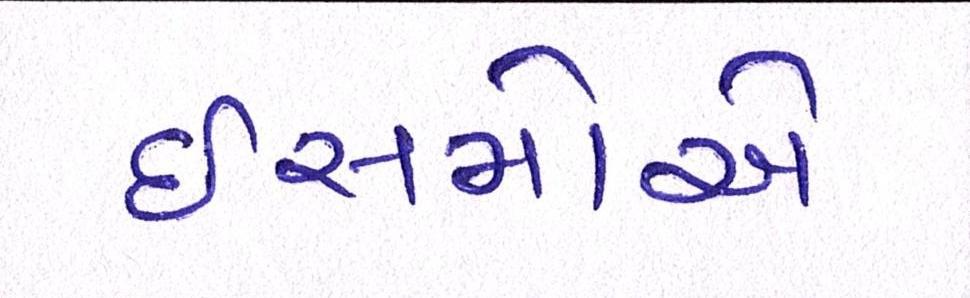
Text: ઈસમોએ